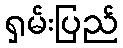
ရှမ်းပြည်